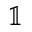
\mathbb { 1 }